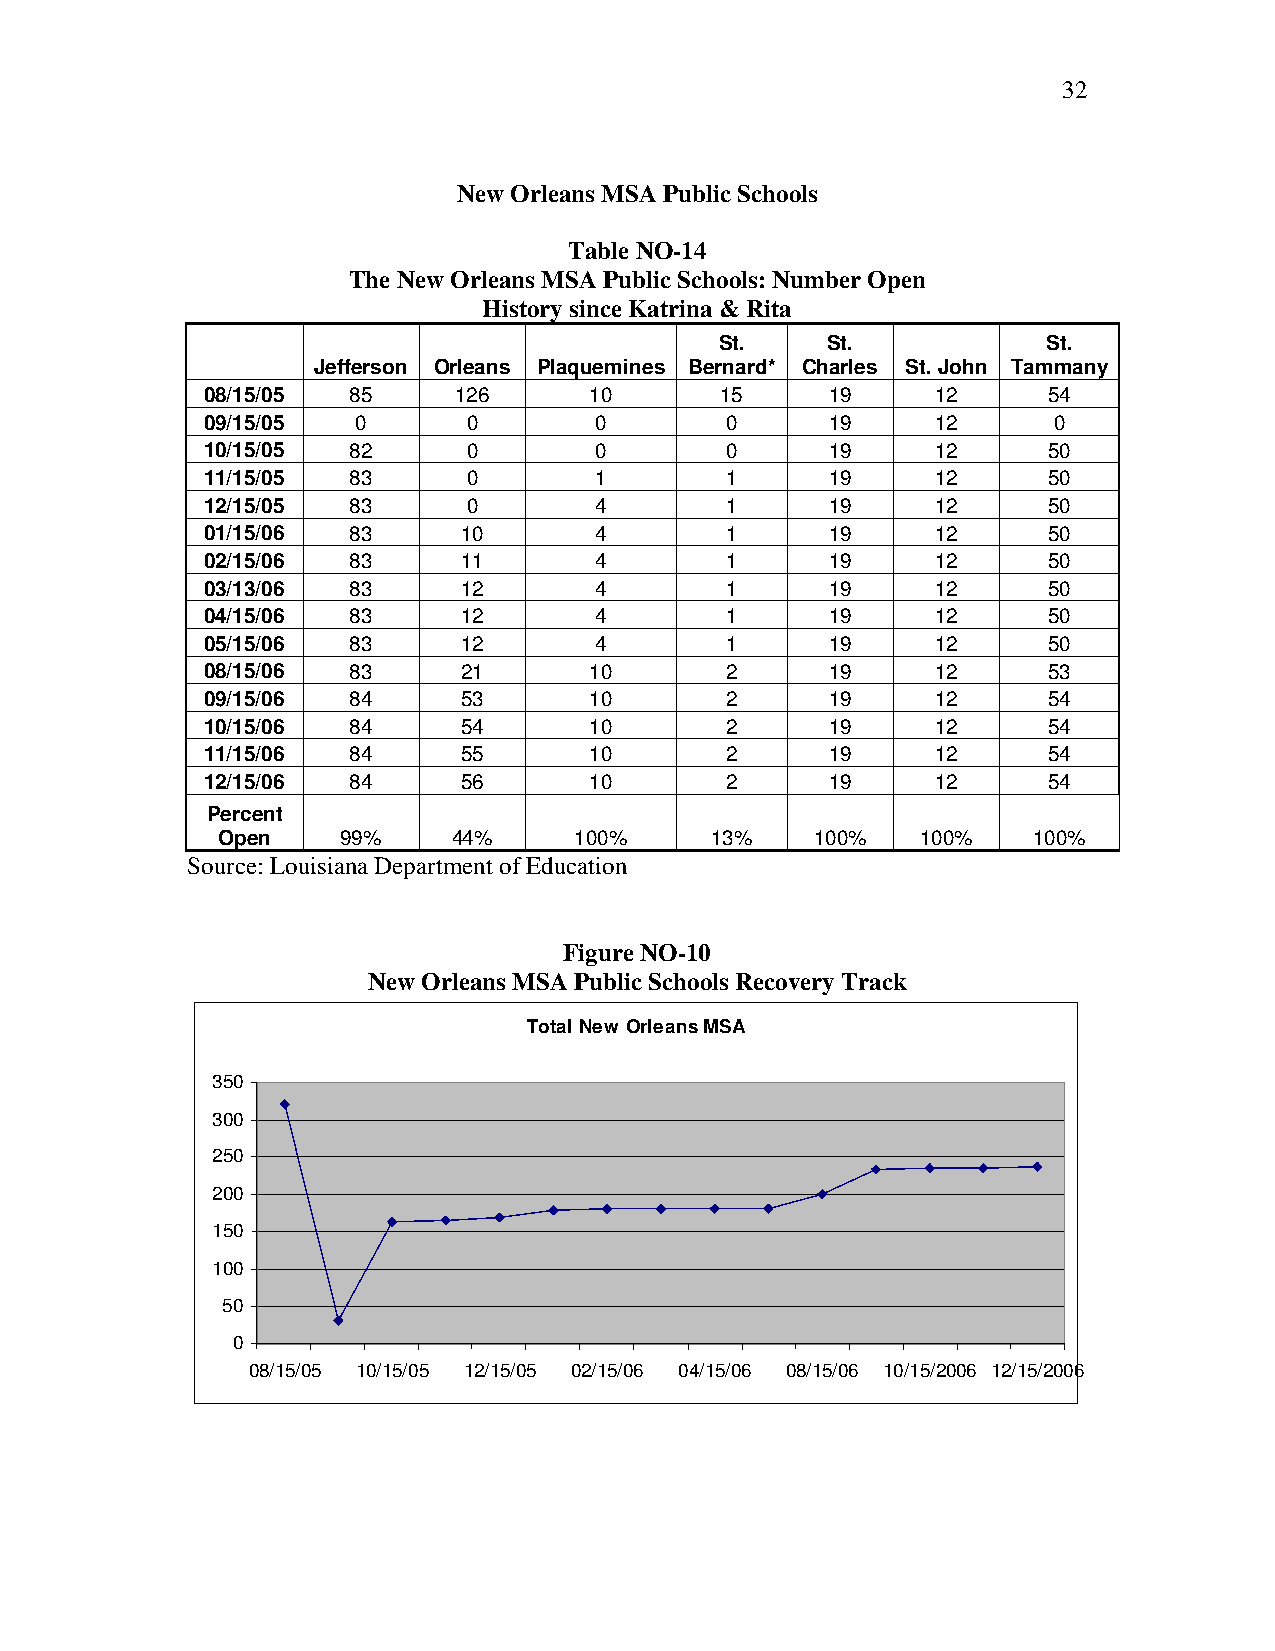
32
 New Orleans MSA Public Schools
 Table NO-14
 The New Orleans MSA Public Schools: Number Open
 History since Katrina & Rita
 St.    St.           St.
 Jefferson Orleans Plaquemines Bernard* Charles St. John Tammany
 08/15/05 85     126      10       15     19     12     54
 09/15/05  0      0       0        0      19     12      0
 10/15/05 82      0       0        0      19     12     50
 11/15/05 83      0       1        1      19     12     50
 12/15/05 83      0       4        1      19     12     50
 01/15/06 83      10      4        1      19     12     50
 02/15/06 83      11      4        1      19     12     50
 03/13/06 83      12      4        1      19     12     50
 04/15/06 83      12      4        1      19     12     50
 05/15/06 83      12      4        1      19     12     50
 08/15/06 83      21      10       2      19     12     53
 09/15/06 84      53      10       2      19     12     54
 10/15/06 84      54      10       2      19     12     54
 11/15/06 84      55      10       2      19     12     54
 12/15/06 84      56      10       2      19     12     54
 Percent
 Open     99%    44%     100%     13%    100%   100%   100%
 Source: Louisiana Department of Education
 Figure NO-10
 New Orleans MSA Public Schools Recovery Track
 Total New Orleans MSA
 350
 300
 250
 200
 150
 100
 50
 0
 08/15/05 10/15/05 12/15/05 02/15/06 04/15/06 08/15/06 10/15/2006 12/15/2006